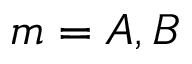
m = A , B